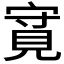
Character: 𲁎